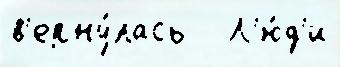
в'ерну́лась   Л'ю́д'и